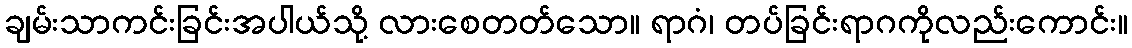
ချမ်းသာကင်းခြင်းအပါယ်သို့ လားစေတတ်သော။ ရာဂံ၊ တပ်ခြင်းရာဂကိုလည်းကောင်း။